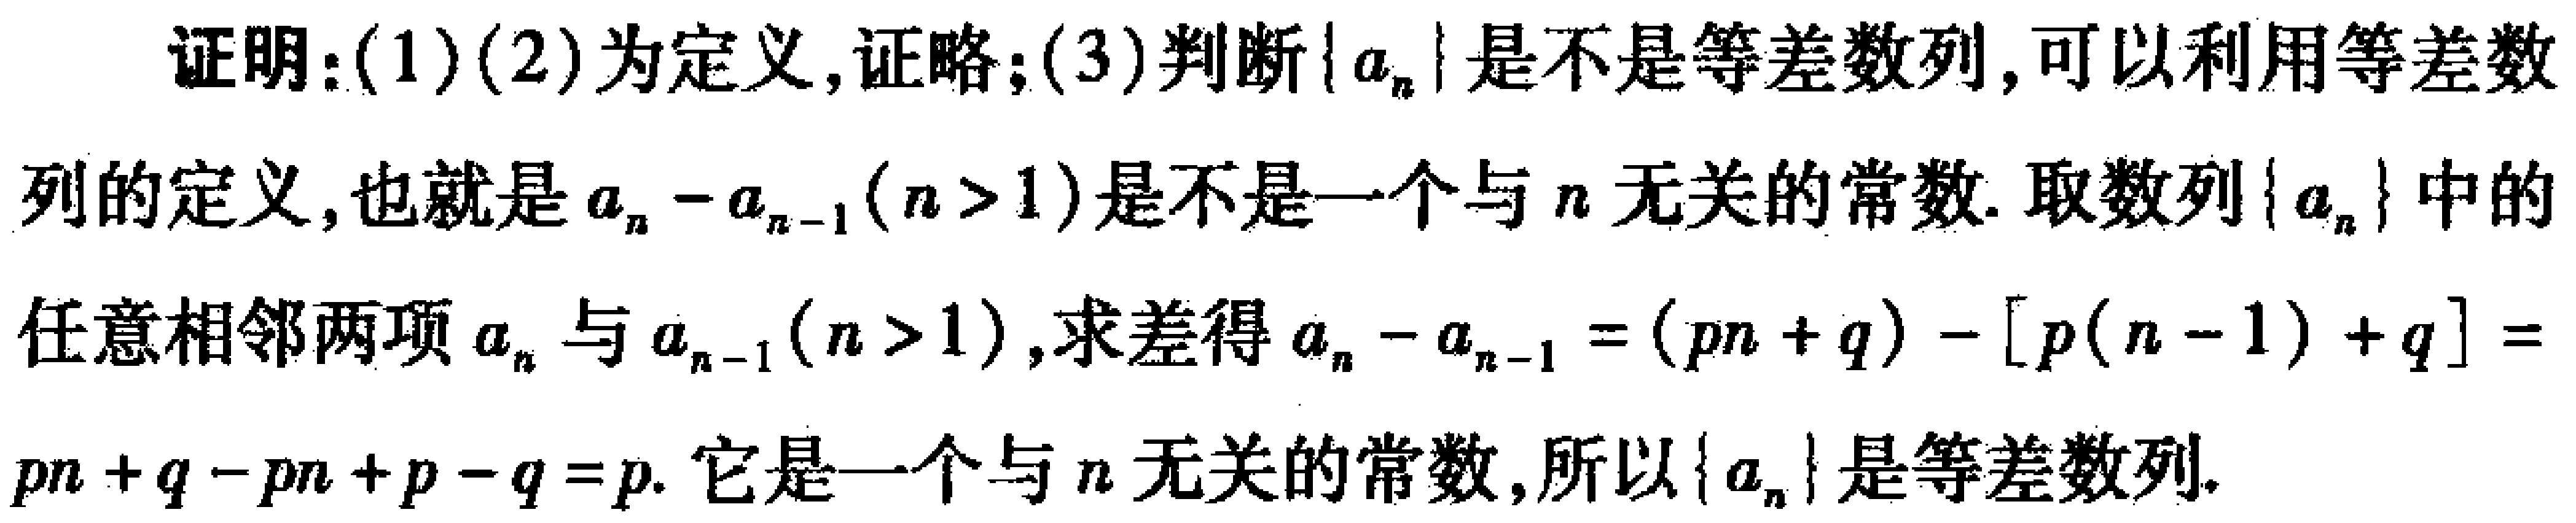
证明：(1)(2)为定义,证略；(3)判断\(\{a_{n}\}\)是不是等差数列,可以利用等差数列的定义,也就是\(a_{n}-a_{n - 1}(n>1)\)是不是一个与\(n\)无关的常数. 取数列\(\{a_{n}\}\)中的任意相邻两项\(a_{n}\)与\(a_{n - 1}(n>1)\),求差得\(a_{n}-a_{n - 1}=(pn + q)-[p(n - 1)+q]=pn + q - pn + p - q = p\). 它是一个与\(n\)无关的常数,所以\(\{a_{n}\}\)是等差数列.